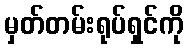
မှတ်တမ်းရုပ်ရှင်ကို